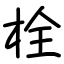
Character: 栓